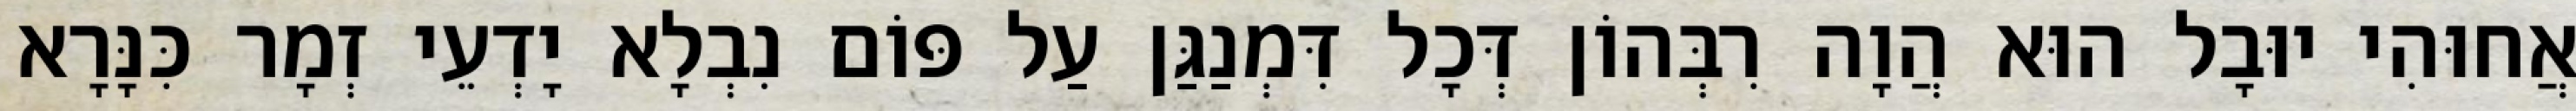
אֲחוּהִי יוּבָל הוּא הֲוָה רִבְּהוֹן דְּכָל דִּמְנַגַּן עַל פּוֹם נִבְלָא יָדְעֵי זְמָר כִּנָּרָא